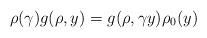
LaTeX: \begin{align*} \rho(\gamma) g(\rho, y) = g(\rho, \gamma y) \rho_0(y)\end{align*}